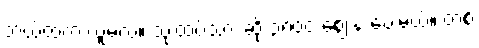
ဘယ်ထဲက ယူမလဲ။ သုံးထပ်သား ဆို ၃၈၀၀ ဈေးနဲ့ ပေးမယ်။ တစ်